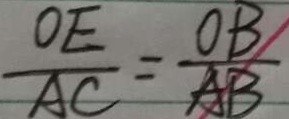
\frac { O E } { A C } = \frac { O B } { A B }